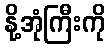
နို့အုံကြီးကို